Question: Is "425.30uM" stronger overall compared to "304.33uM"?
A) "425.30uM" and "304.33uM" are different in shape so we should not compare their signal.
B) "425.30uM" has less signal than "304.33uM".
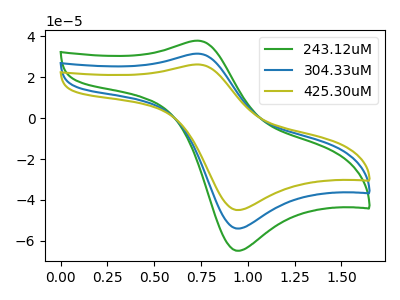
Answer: <think>The green curve "243.12uM" has an anodic peak at (0.75V, 63.05uA) and a cathodic peak at (0.95V, -107.90uA). The blue curve "304.33uM" has an anodic peak at (0.75V, 31.55uA) and a cathodic peak at (0.95V, -53.95uA). The olive curve "425.30uM" has an anodic peak at (0.75V, 26.25uA) and a cathodic peak at (0.95V, -44.90uA).
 All the peaks in "425.30uM" have a peak in "304.33uM" at the same potential. Every peak in "425.30uM" is lower than every peak in "304.33uM".</think>
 <answer>B) "425.30uM" has less signal than "304.33uM".</answer>
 <eval>B</eval>